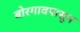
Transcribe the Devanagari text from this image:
बोरगावपासून